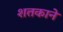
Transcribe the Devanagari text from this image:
शतकाने